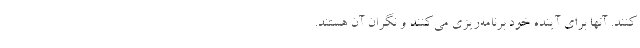
‌کنند. آنها برای آینده خود برنامه‌ریزی می‌کنند‌ و نگران آن هستند.